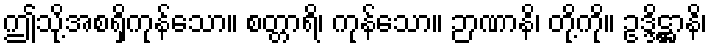
ဤသို့အစရှိကုန်သော။ စတ္တာရိ၊ ကုန်သော။ ဉာဏာနိ၊ တို့ကို။ ဥဒ္ဒိဋ္ဌာနိ၊